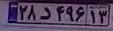
۲۸د۴۹۶۱۳